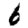
Digit: 6